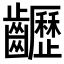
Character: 𪙽